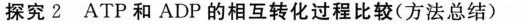
探究2ATP和ADP的相互转化过程比较(方法总结)